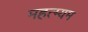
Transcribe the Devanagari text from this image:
महत्म्यम